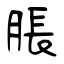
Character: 脹